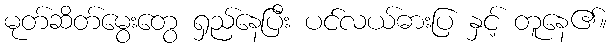
မုတ်ဆိတ်မွေးတွေ ရှည်နေပြီး ပင်လယ်ဓားပြ နှင့် တူနေ၏။